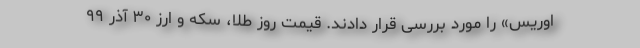
اوریس» را مورد بررسی قرار دادند. قیمت روز طلا، سکه و ارز ۳۰ آذر ۹۹